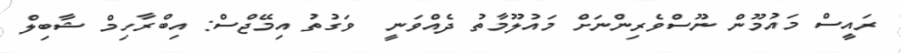
ރައީސް މައުމޫން ނޫސްވެރިންނަށް މައުލޫމާތު ދެއްވަނީ  ވަގުތު އިމޭޖްސް: އިބްރާހިމް ޝާބިލް